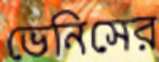
ভেনিসের